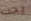
يجب